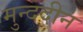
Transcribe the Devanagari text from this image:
मुन्ददीन